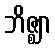
ဘိဇ္ဈာ